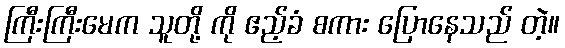
ကြီးကြီးမေက သူတို့ ကို ဧည့်ခံ စကား ပြောနေသည် တဲ့။